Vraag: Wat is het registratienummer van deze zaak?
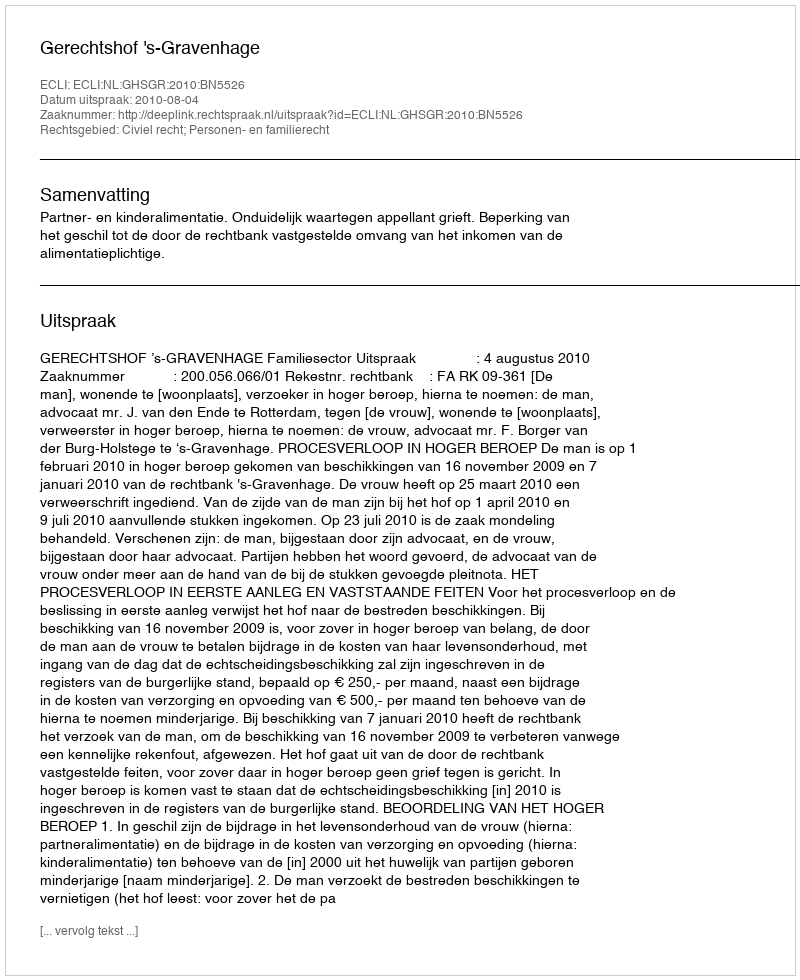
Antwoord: http://deeplink.rechtspraak.nl/uitspraak?id=ECLI:NL:GHSGR:2010:BN5526